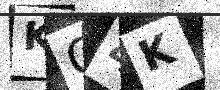
Text: KC4K